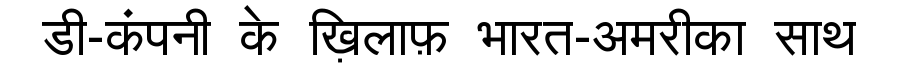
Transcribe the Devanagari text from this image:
डी-कंपनी के ख़िलाफ़ भारत-अमरीका साथ